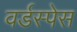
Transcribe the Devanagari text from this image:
वर्डस्पेस